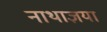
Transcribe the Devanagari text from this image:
नाथाज्ञया